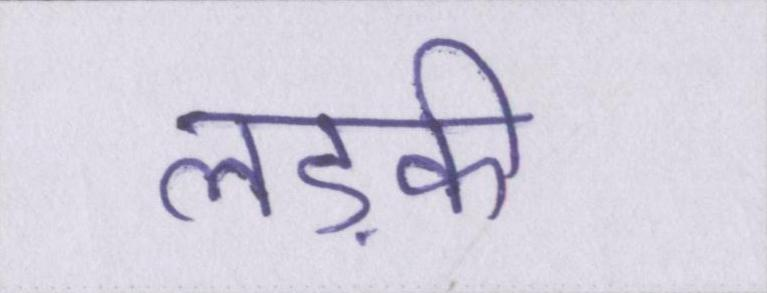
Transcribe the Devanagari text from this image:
लड़की